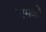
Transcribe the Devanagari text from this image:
भासवते